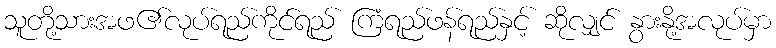
သူတို့သားအဖ၏လုပ်ရည်ကိုင်ရည် ကြံရည်ဖန်ရည်နှင့် ဆိုလျှင် နွားနို့အလုပ်မှာ